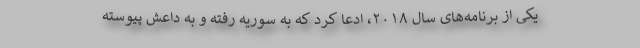
یکی از برنامه‌های سال ۲۰۱۸، ادعا کرد که به سوریه رفته و به داعش پیوسته